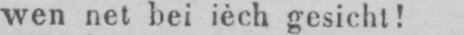
wen net bei ièch gesicht!